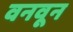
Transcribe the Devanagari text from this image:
वनवून